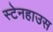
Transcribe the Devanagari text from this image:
स्टेनहाउस